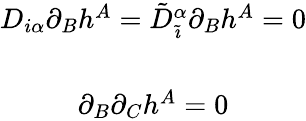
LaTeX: \begin{array}{c}{{D_{i\alpha}\partial_{B}h^{A}=\tilde{D}_{\tilde{\imath}}^{\alpha}\partial_{B}h^{A}=0}}\\ {{{}}}\\ {{\partial_{B}\partial_{C}h^{A}=0}}\end{array}